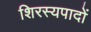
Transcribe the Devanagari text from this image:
शिरस्यपादों